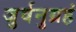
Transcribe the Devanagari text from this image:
जुर्वनुग्रहं